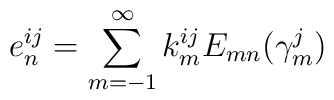
e_n^{ij}=\sum_{m=-1}^\infty k_m^{ij}E_{mn}(\gamma _m^j)